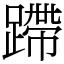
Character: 蹛